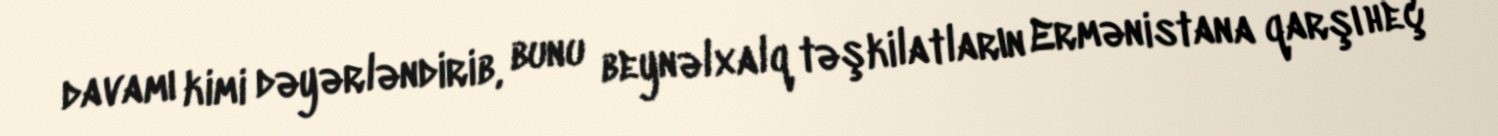
davamı kimi dəyərləndirib, bunu beynəlxalq təşkilatların Ermənistana qarşı heç